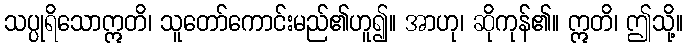
သပ္ပုရိသောဣတိ၊ သူတော်ကောင်းမည်၏ဟူ၍။ အာဟု၊ ဆိုကုန်၏။ ဣတိ၊ ဤသို့။